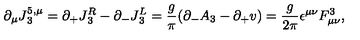
\partial _ { \mu } J { ^ { 5 , \mu } _ { 3 } } = \partial _ { + } J { _ 3 ^ { R } } - \partial _ { - } J { _ 3 ^ { L } } = { \frac { g } { \pi } } ( \partial _ { - } A _ { 3 } - \partial _ { + } v ) = { \frac { g } { 2 \pi } } \epsilon ^ { \mu \nu } F _ { \mu \nu } ^ { 3 } ,